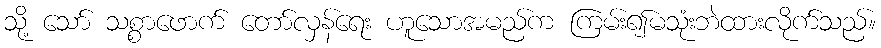
သို့ သော် သစ္စာဖောက် တော်လှန်ရေး ဟူသောအမည်က ကြမ်း၍မသုံးဘဲထားလိုက်သည်။